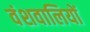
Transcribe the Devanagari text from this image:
वंशवालियों